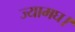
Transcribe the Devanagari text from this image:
ज्यामघ।